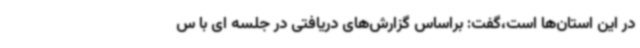
در این استان‌ها است،گفت: براساس گزارش‌های دریافتی در جلسه ای با س